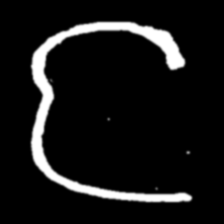
Pyu character \u2014 Myanmar letter: င (romanized: nga)